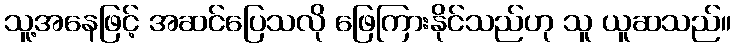
သူ့အနေဖြင့် အဆင်ပြေသလို ဖြေကြားနိုင်သည်ဟု သူ ယူဆသည်။